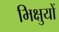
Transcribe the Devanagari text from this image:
भिक्षुयों